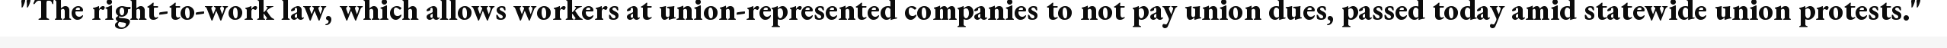
"The right-to-work law, which allows workers at union-represented companies to not pay union dues, passed today amid statewide union protests."